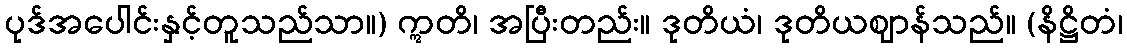
ပုဒ်အပေါင်းနှင့်တူသည်သာ။) ဣတိ၊ အပြီးတည်း။ ဒုတိယံ၊ ဒုတိယဈာန်သည်။ (နိဋ္ဌိတံ၊